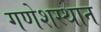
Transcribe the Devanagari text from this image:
गणेशस्थान